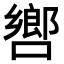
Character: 㗽